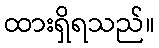
ထားရှိရသည်။